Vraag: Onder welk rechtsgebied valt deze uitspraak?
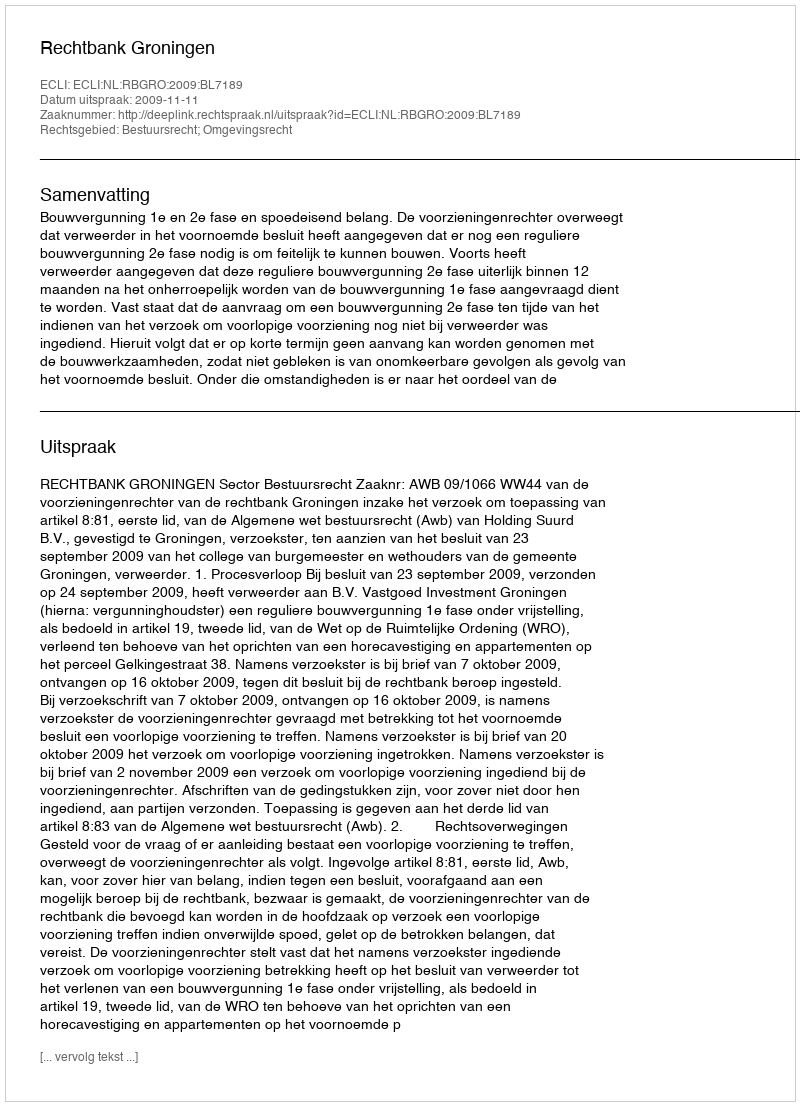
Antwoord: Bestuursrecht; Omgevingsrecht